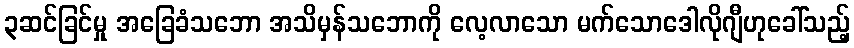
၃ဆင်ခြင်မှု အခြေခံသဘော အသိမှန်သဘောကို လေ့လာသော မက်သောဒေါလိုဂျီဟုခေါ်သည့်